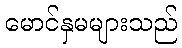
မောင်နှမများသည်